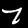
Digit: 7